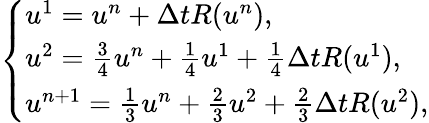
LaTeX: \left\{ \begin{array}{ll}{u^{1}=u^{n}+\Delta tR(u^{n}),}\\ {u^{2}=\frac{3}{4}u^{n}+\frac{1}{4}u^{1}+\frac{1}{4}\Delta tR(u^{1}),}\\ {u^{n+1}=\frac{1}{3}u^{n}+\frac{2}{3}u^{2}+\frac{2}{3}\Delta tR(u^{2}),}\end{array}\right.